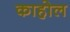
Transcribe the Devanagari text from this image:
काहोल